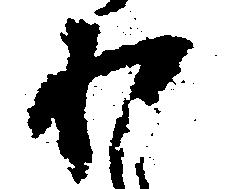
わ